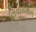
લિવાયથન